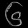
Digit: ၆